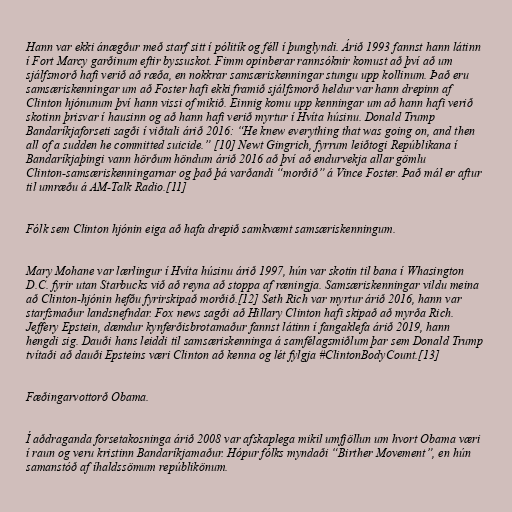
Hann var ekki ánægður með starf sitt í pólitík og féll í þunglyndi. Árið 1993 fannst hann látinn
í Fort Marcy garðinum eftir byssuskot. Fimm opinberar rannsóknir komust að því að um
sjálfsmorð hafi verið að ræða, en nokkrar samsæriskenningar stungu upp kollinum. Það eru
samsæriskenningar um að Foster hafi ekki framið sjálfsmorð heldur var hann drepinn af
Clinton hjónunum því hann vissi of mikið. Einnig komu upp kenningar um að hann hafi verið
skotinn þrisvar í hausinn og að hann hafi verið myrtur í Hvíta húsinu. Donald Trump
Bandaríkjaforseti sagði í viðtali árið 2016: “He knew everything that was going on, and then
all of a sudden he committed suicide.” [10] Newt Gingrich, fyrrum leiðtogi Repúblikana í
Bandaríkjaþingi vann hörðum höndum árið 2016 að því að endurvekja allar gömlu
Clinton-samsæriskenningarnar og það þá varðandi “morðið” á Vince Foster. Það mál er aftur
til umræðu á AM-Talk Radio.[11]

Fólk sem Clinton hjónin eiga að hafa drepið samkvæmt samsæriskenningum.

Mary Mohane var lærlingur í Hvíta húsinu árið 1997, hún var skotin til bana í Whasington
D.C. fyrir utan Starbucks við að reyna að stoppa af ræningja. Samsæriskenningar vildu meina
að Clinton-hjónin hefðu fyrirskipað morðið.[12] Seth Rich var myrtur árið 2016, hann var
starfsmaður landsnefndar. Fox news sagði að Hillary Clinton hafi skipað að myrða Rich.
Jeffery Epstein, dæmdur kynferðisbrotamaður fannst látinn í fangaklefa árið 2019, hann
hengdi sig. Dauði hans leiddi til samsæriskenninga á samfélagsmiðlum þar sem Donald Trump
tvítaði að dauði Epsteins væri Clinton að kenna og lét fylgja #ClintonBodyCount.[13]

Fæðingarvottorð Obama.

Í aðdraganda forsetakosninga árið 2008 var afskaplega mikil umfjöllun um hvort Obama væri
í raun og veru kristinn Bandaríkjamaður. Hópur fólks myndaði “Birther Movement”, en hún
samanstóð af íhaldssömum repúblikönum.